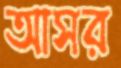
আসর